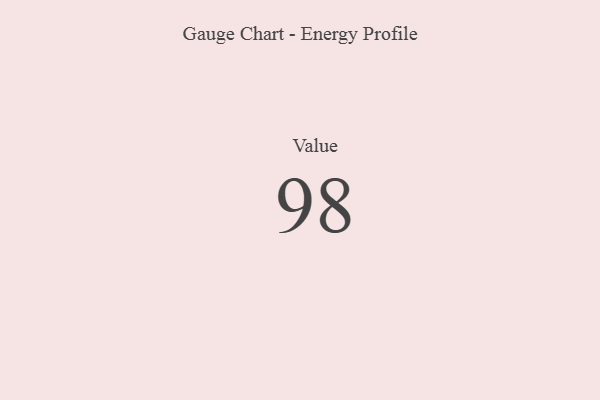
{"axis": {"x": "Metric", "y": "Value"}, "legend": [""], "data": [{"x": "Value", "y": 98, "type": ""}]}